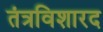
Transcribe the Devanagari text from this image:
तंत्रविशारद